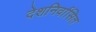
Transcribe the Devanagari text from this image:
देशनिर्वासित